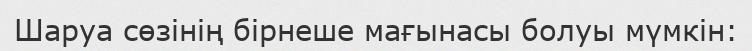
Шаруа сөзінің бірнеше мағынасы болуы мүмкін: